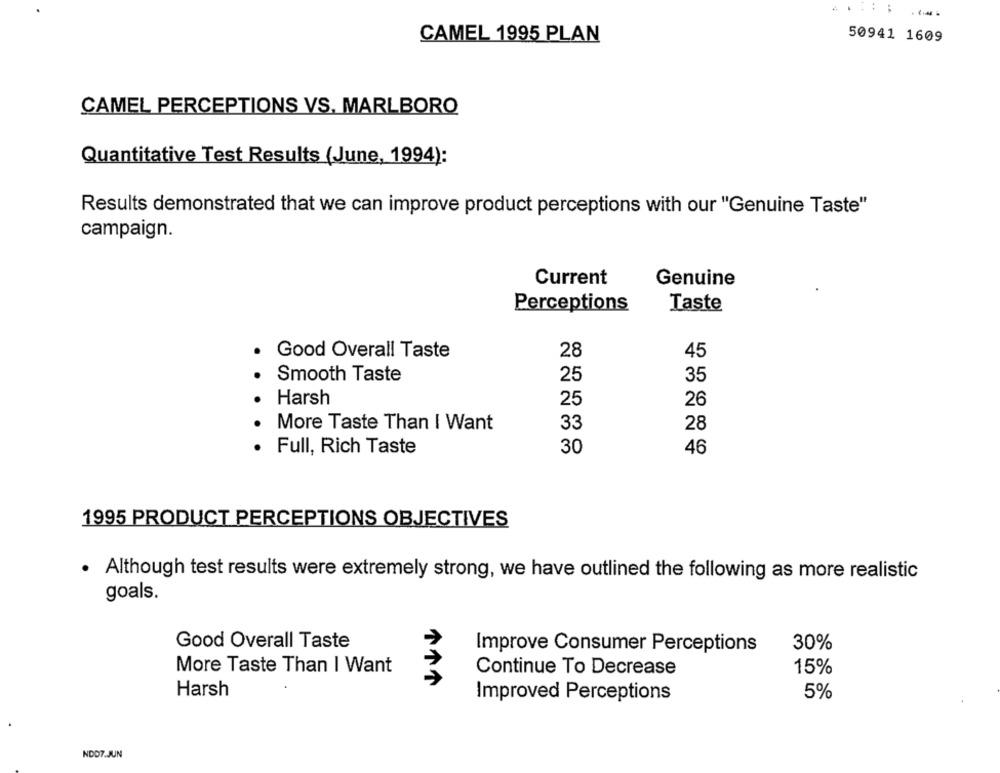
CAMEL 1995 PLAN
50941 1609
CAMEL PERCEPTIONS VS. MARLBORO
Quantitative Test Results (June, 1994):
Results demonstrated that we can improve product perceptions with our "Genuine Taste"
campaign.
Current
Genuine
Perceptions
Taste
Good Overall Taste
28
45
Smooth Taste
25
35
Harsh
25
26
33
. .
More Taste Than I Want
28
30
Full, Rich Taste
46
1995 PRODUCT PERCEPTIONS OBJECTIVES
. Although test results were extremely strong, we have outlined the following as more realistic
goals.
Good Overall Taste
Improve Consumer Perceptions
30%
More Taste Than I Want
Continue To Decrease
15%
Harsh
5%
Improved Perceptions
NDD7.JUN